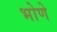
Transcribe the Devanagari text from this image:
भोणे